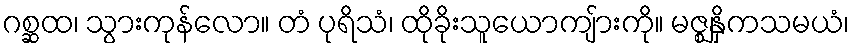
ဂစ္ဆထ၊ သွားကုန်လော။ တံ ပုရိသံ၊ ထိုခိုးသူယောကျ်ားကို။ မဇ္ဈနှိကသမယံ၊